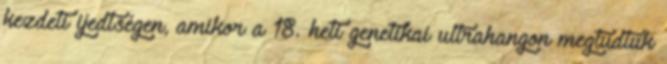
kezdeti ijedtségen, amikor a 18. heti genetikai ultrahangon megtudtuk